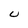
Character: U